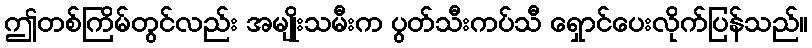
ဤတစ်ကြိမ်တွင်လည်း အမျိုးသမီးက ပွတ်သီးကပ်သီ ရှောင်ပေးလိုက်ပြန်သည်။